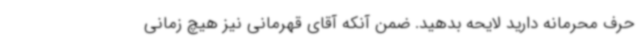
حرف محرمانه دارید لایحه بدهید. ضمن آنکه آقای قهرمانی نیز هیچ زمانی